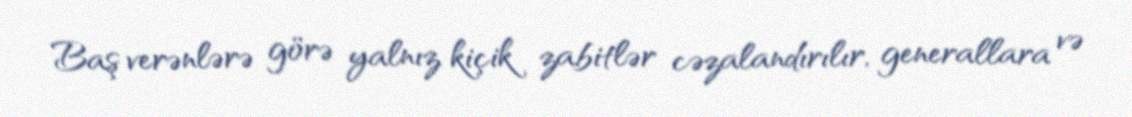
Baş verənlərə görə yalnız kiçik zabitlər cəzalandırılır, generallara və